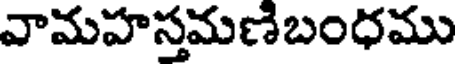
వామహస్తమణిబంధము